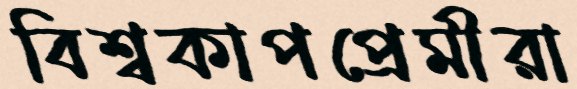
বিশ্বকাপপ্রেমীরা